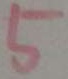
5